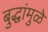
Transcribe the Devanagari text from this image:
बुद्धांमुळे